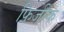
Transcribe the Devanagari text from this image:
फ़िजीक